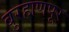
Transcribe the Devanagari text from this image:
बुरहाणपूर